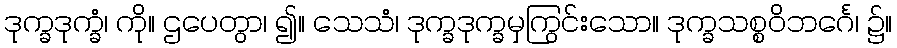
ဒုက္ခဒုက္ခံ၊ ကို။ ဌပေတွာ၊ ၍။ သေသံ၊ ဒုက္ခဒုက္ခမှကြွင်းသော။ ဒုက္ခသစ္စဝိဘင်္ဂေ၊ ၌။